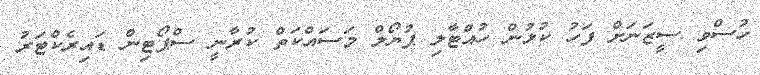
ހުސްވި ސީޒަނަށް ފަހު ކުޅުން ހުއްޓާލި ޕުޔޯލް މަސައްކަތް ކުރާނީ ސްޕޯޓިން ޑައިރެކްޓަރު